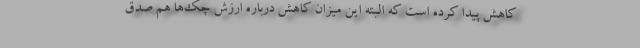
کاهش پیدا کرده است که البته این میزان کاهش درباره ارزش چک‌ها هم صدق